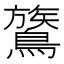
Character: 鷟